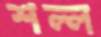
শল্ল